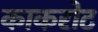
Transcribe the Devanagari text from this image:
काकरोट